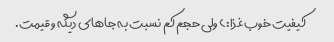
کیفیت خوب غذا:) ولی حجم کم نسبت به جاهای دیگه و قیمت.